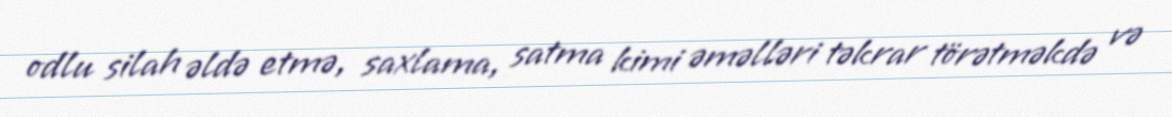
odlu silah əldə etmə, saxlama, satma kimi əməlləri təkrar törətməkdə və